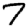
Digit: 7